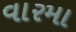
વારમા